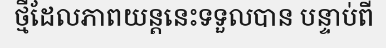
ថ្មីដែលភាពយន្តនេះទទួលបាន បន្ទាប់ពី